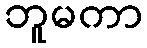
ဘူမကာ